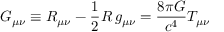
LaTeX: G _ { \mu \nu } \equiv R _ { \mu \nu } - { \frac { \textstyle 1 } { 2 } } R \, g _ { \mu \nu } = { \frac { 8 \pi G } { c ^ { 4 } } } T _ { \mu \nu }